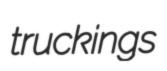
truckings